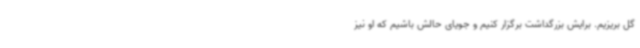
گل بریزیم. برایش بزرگداشت برگزار کنیم و جویای حالش باشیم که او نیز